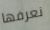
نعرفها